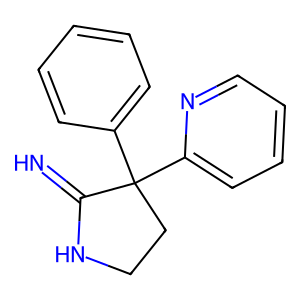
SMILES: N=C1NCCC1(c1ccccc1)c1ccccn1
Inhibits HIV replication: No